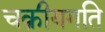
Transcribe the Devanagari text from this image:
चक्रीयगति